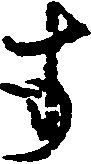
す